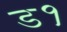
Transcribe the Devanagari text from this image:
ड१